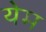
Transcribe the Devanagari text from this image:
येम